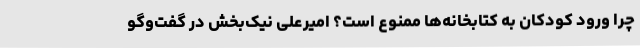
چرا ورود کودکان به کتابخانه‌ها ممنوع است؟ امیرعلی نیک‌بخش در گفت‌وگو